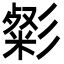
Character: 㣓